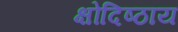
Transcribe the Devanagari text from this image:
क्षोदिष्ठाय